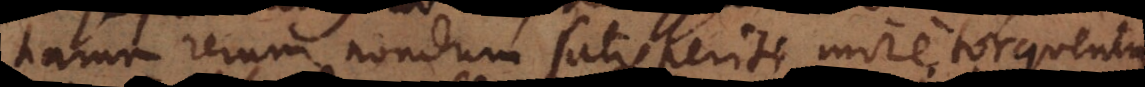
harum rerum nondum satis periti mire torquentur